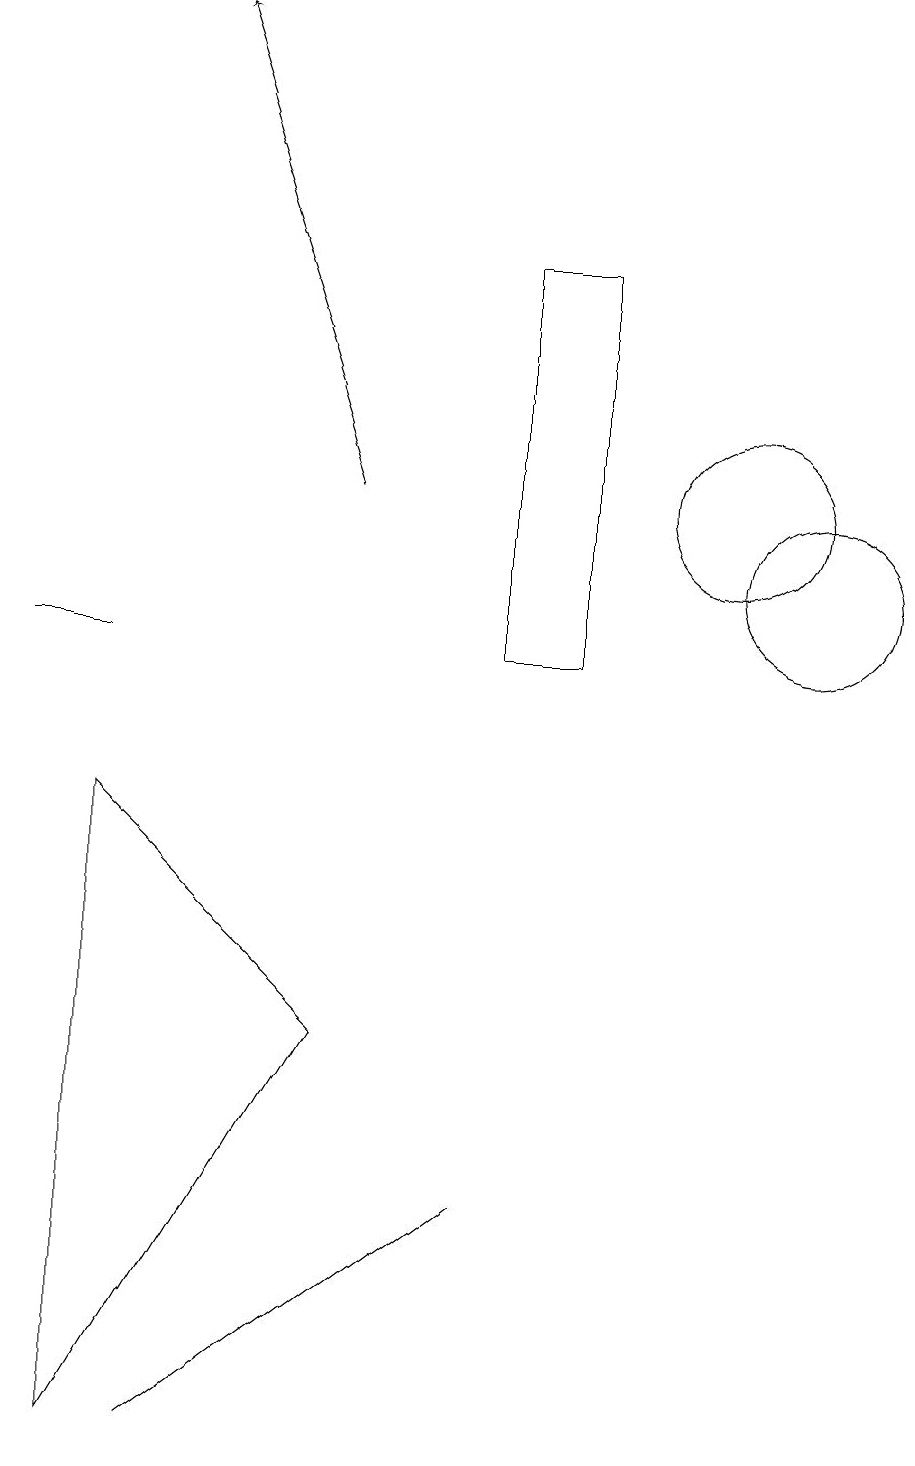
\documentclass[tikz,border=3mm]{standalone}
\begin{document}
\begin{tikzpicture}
\draw (1,10) rectangle (2,10);
\draw (11,11) circle (1);
\draw (10,12) circle (1);
\draw (7,3) -- (3,0) -- (3,0) -- cycle;
\draw (2,8) -- (2,0) -- (5,5) -- cycle;
\draw (8,10) rectangle (7,15);
\draw[->] (5,12) -- (3,18);
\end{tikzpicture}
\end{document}